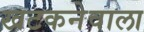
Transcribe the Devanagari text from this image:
खटकनेवाला